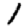
Digit: 1